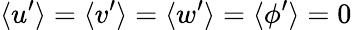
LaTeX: \langle u^{\prime}\rangle=\langle v^{\prime}\rangle=\langle w^{\prime}\rangle=\langle\phi^{\prime}\rangle=0